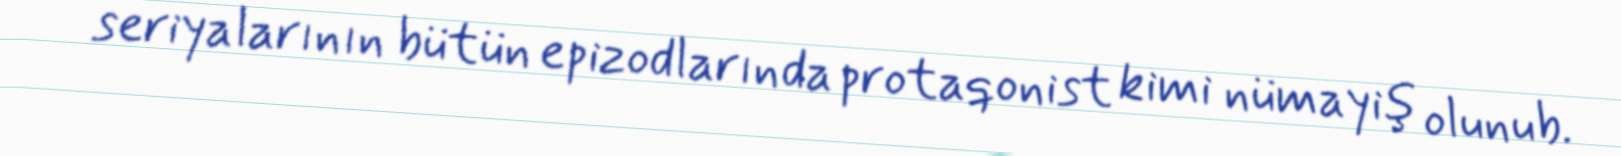
seriyalarının bütün epizodlarında protaqonist kimi nümayiş olunub.